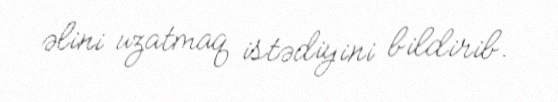
əlini uzatmaq istədiyini bildirib.